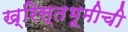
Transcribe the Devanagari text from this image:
ख्रिस्तभूमीची